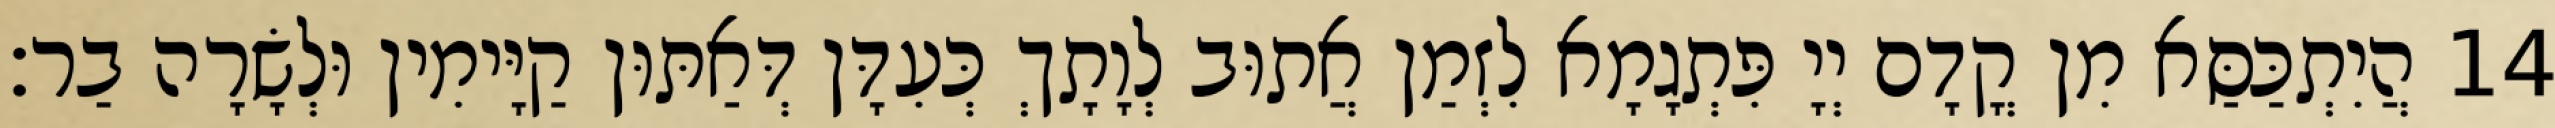
14 הֲיִתְכַּסַּא מִן קֳדָם יְיָ פִּתְגָמָא לִזְמַן אֲתוּב לְוָתָךְ כְּעִדָּן דְּאַתּוּן קַיָּימִין וּלְשָׂרָה בַר׃